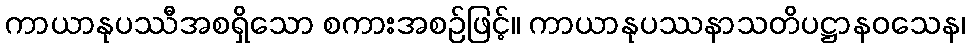
ကာယာနုပဿီအစရှိသော စကားအစဉ်ဖြင့်။ ကာယာနုပဿနာသတိပဋ္ဌာနဝသေန၊